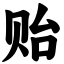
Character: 贻